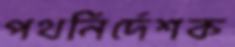
পথনির্দেশক